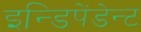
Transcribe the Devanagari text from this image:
इन्डिपेंडेन्ट